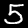
Label: 5